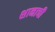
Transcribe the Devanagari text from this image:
शानाची